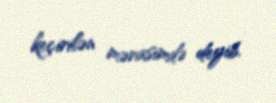
keçirilən mərasimdə deyib.